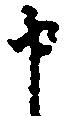
申